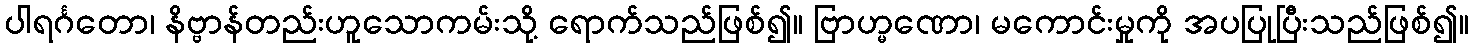
ပါရင်္ဂတော၊ နိဗ္ဗာန်တည်းဟူသောကမ်းသို့ ရောက်သည်ဖြစ်၍။ ဗြာဟ္မဏော၊ မကောင်းမှုကို အပပြုပြီးသည်ဖြစ်၍။